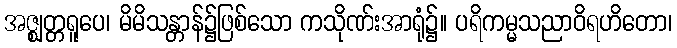
အဇ္ဈတ္တရူပေ၊ မိမိသန္တာန်၌ဖြစ်သော ကသိုဏ်းအာရုံ၌။ ပရိကမ္မသညာဝိရဟိတော၊